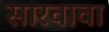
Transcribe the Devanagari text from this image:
सारवावा